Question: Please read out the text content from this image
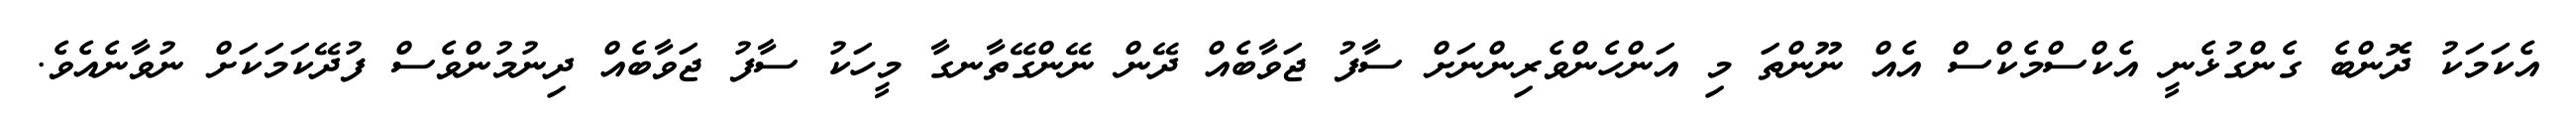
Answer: އެކަމަކު ދޮންބެ ގެންގުޅެނީ އެކްސްމެކްސް އެއް ނޫންތަ މި އަންހެންވެރިންނަށް ސާފު ޖަވާބެއް ދޭން ނޭންގޭތާނގާ މީހަކު ސާފު ޖަވާބެއް ދިނުމުންވެސް ފުދޭކަމަކަށް ނުވާނެއެވެ.